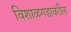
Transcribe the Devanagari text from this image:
विशाळगडावरील